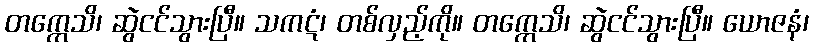
တက္ကေသိ၊ ဆွဲငင်သွားပြီ။ သကဋံ၊ တစ်လှည့်ကို။ တက္ကေသိ၊ ဆွဲငင်သွားပြီ။ ယောဇနံ၊